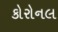
કોરોનલ